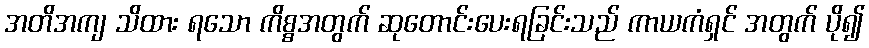
အတိအကျ သိထား ရသော ကိစ္စအတွက် ဆုတောင်းပေးရခြင်းသည် ကာယကံရှင် အတွက် ပို၍